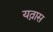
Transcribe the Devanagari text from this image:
यत्नास